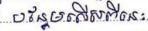
បន្ថែមលើសពីនេះ